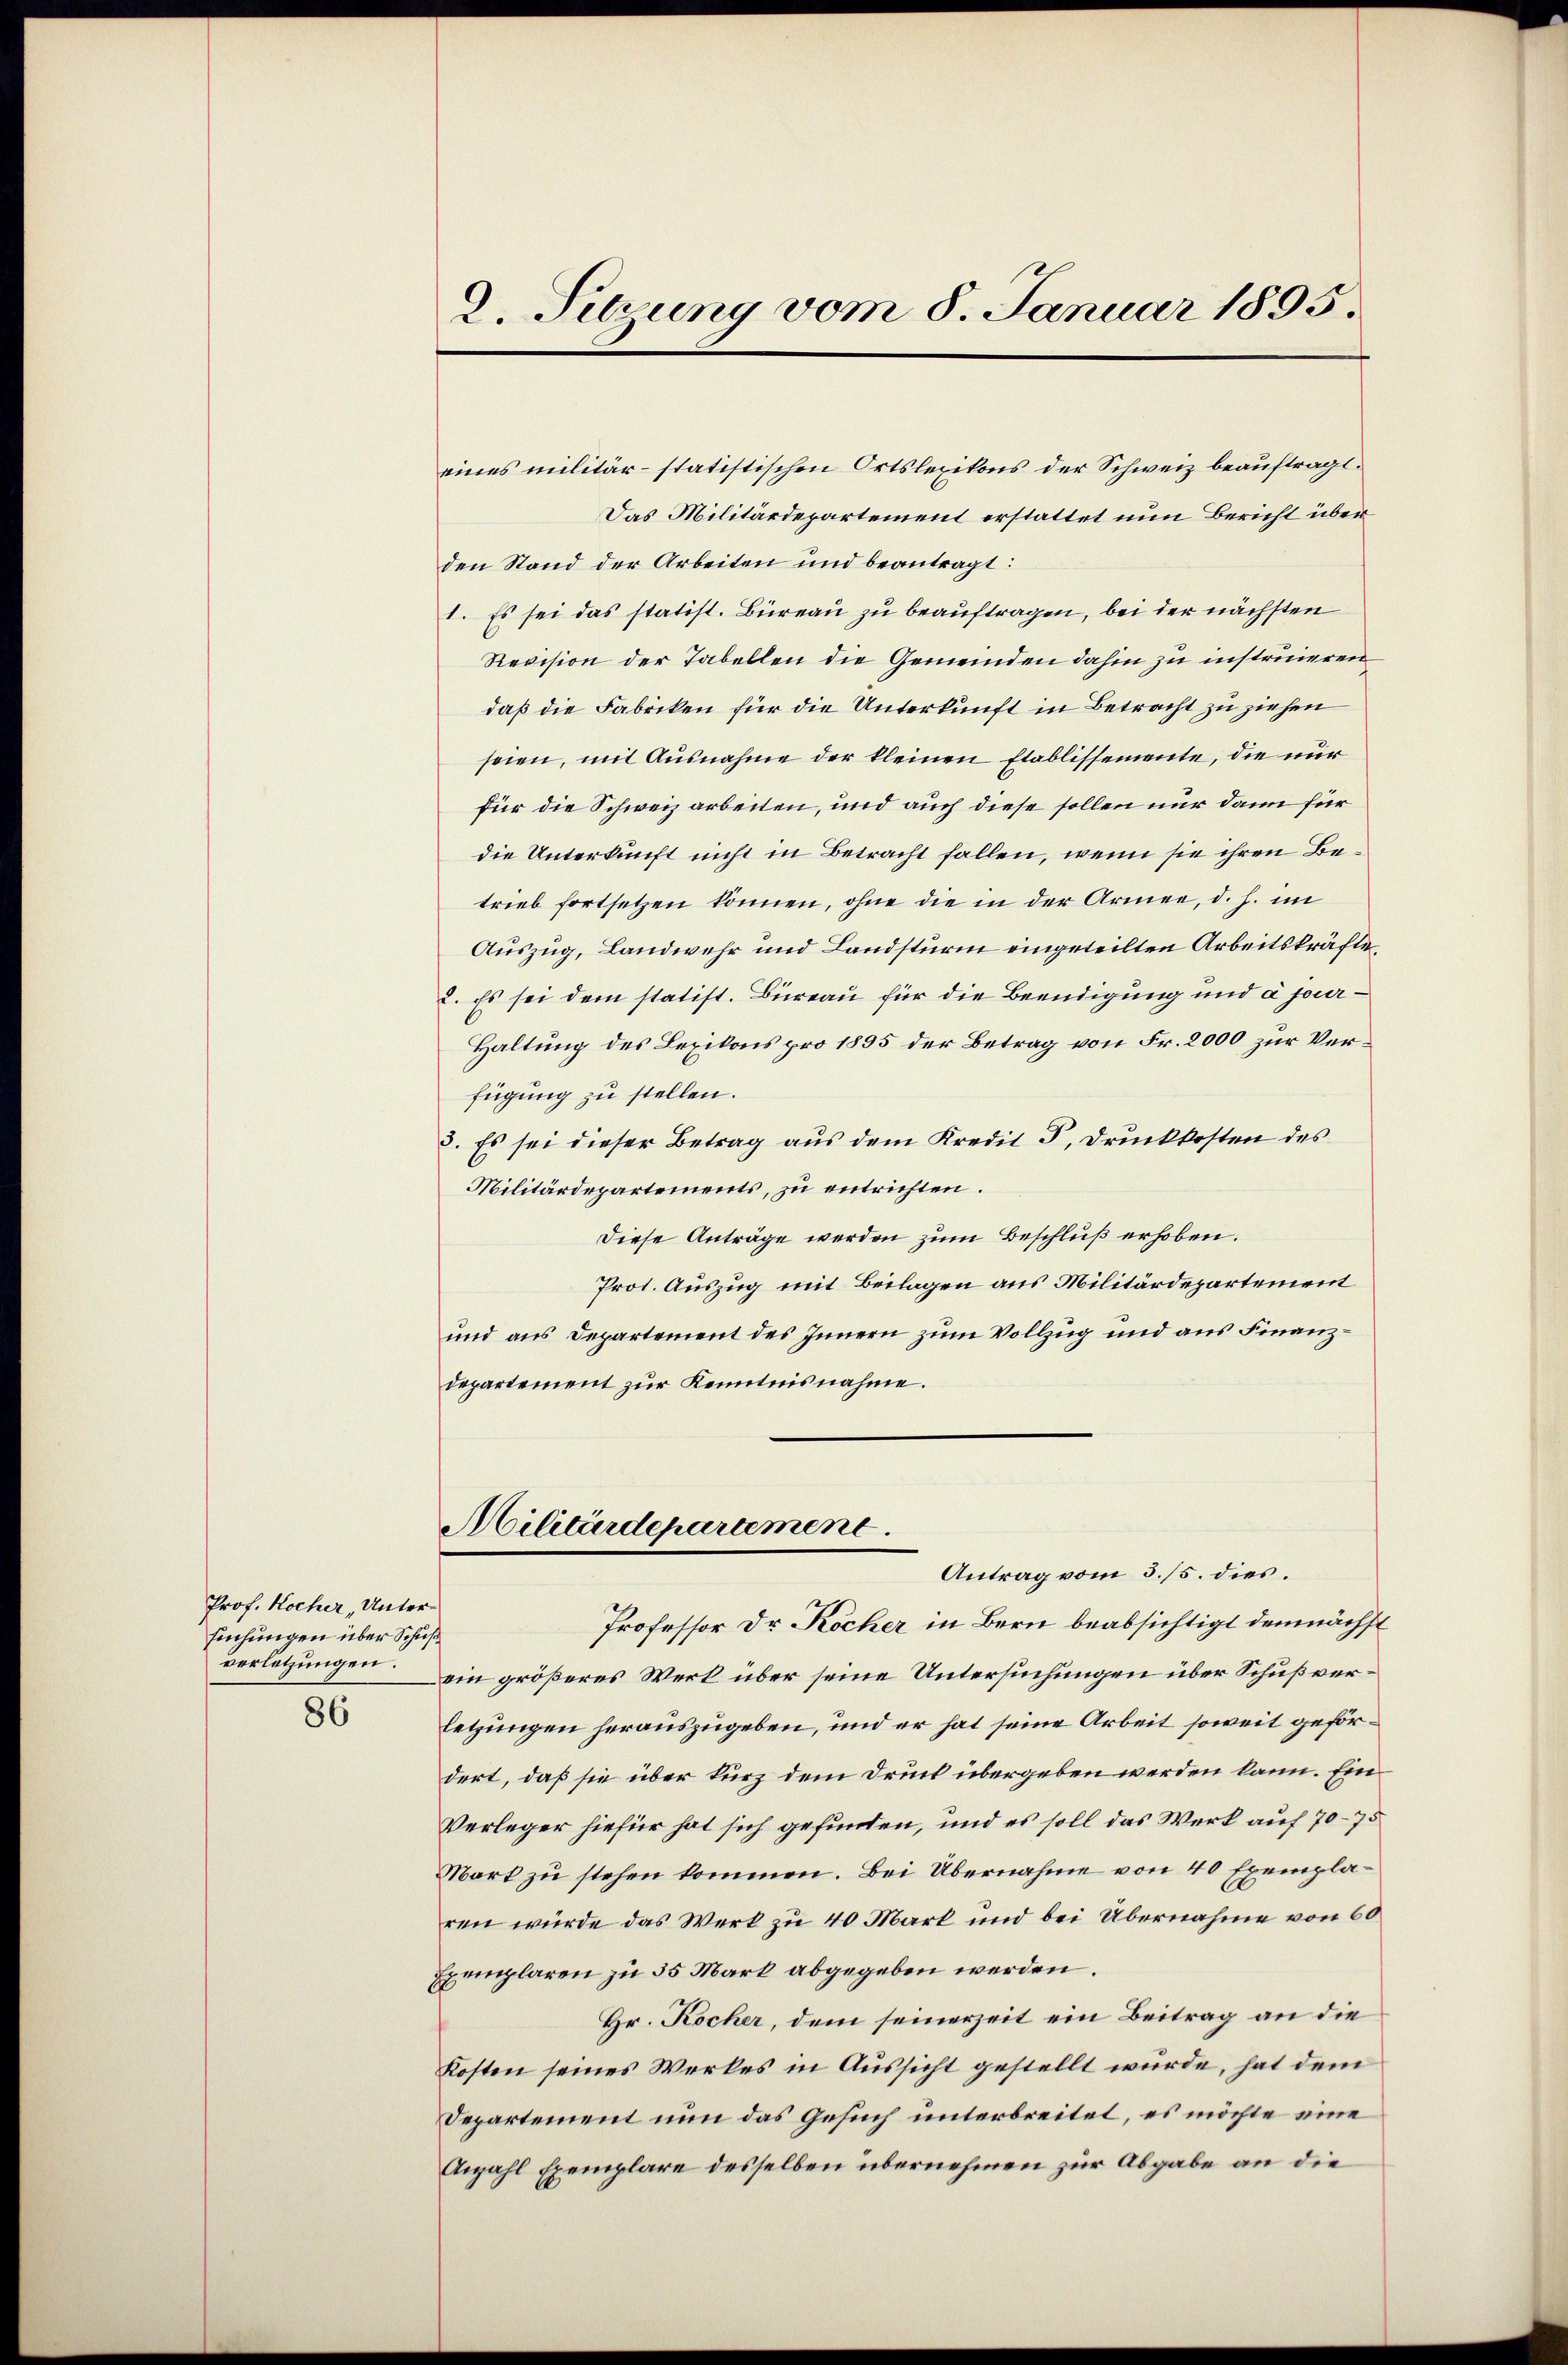
Prof. Kocher, Untersuchungen über Schuß
verletzungen.

86

2. Sitzung vom 8. Januar 1895.

eines militär-statistischen Ortslezikons der Schweiz beauftragt.
Das Militärdepartement erstattet nun Bericht überden Stand der Arbeiten und beantragt:
1. Es sei das statist. Büreau zu beauftragen, bei der nächsten
Revision der Tabellen die Gemeinden dahin zu instruieren
daß die Fabriken für die Unterkunft in Betracht zu ziehen
seien, mit Ausnahme der kleinen Etablissemente, die nur
für die Schweiz arbeiten, und auch diese sollen nur dann für
die Unterkunft nicht in Betracht fallen, wenn sie ihren Betrieb fortsetzen können, ohne die in der Armee, d. h. im
Auszug, Landwehr und Landsturm eingeteilten Arbeitskräfte,
2. Es sei dem statist. Büreau für die Beendigung und a jouir¬
Haltung des Lexikons pro 1895 der Betrag von Fr. 2000 zur Verfügung zu stellen.
3. Es sei dieser Betrag aus dem Kredit P. Druckkosten des
Militärdepartements, zu entrichten.
Diese Anträge werden zum Beschluß erhoben.
Prot. Auszug mit Beilagen aus Militärdepartement
und aus Departement des Innern zum Vollzug und aus Finanzdepartement zur Kenntnisnahme.

Militärdepartement
Antrag vom 3./5. dies.

Professor Dr Rocher in Bern beabsichtigt demnächst
ein größeres Werk über seine Untersuchungen über Schuß verletzungen herauszugeben, und er hat seine Arbeit soweit gefördert, daß sie über kurz dem Druck übergeben werden kann. Ein
Verleger hiefür hat sich gefunden, und es soll das Werk auf 70–75
Mark zu stehen kommen. Bei Übernahme von 40 Exemplaren würde das Werk zu 40 Mark und bei Übernahme von 60
Exemplaren zu 35 Mark abgegeben werden.
Hr. Kocher, dem seinerzeit ein Beitrag an die
Kosten seines Werkes in Aussicht gestellt würde, hat dem
Departement nun das Gesuch unterbreitet, es möchte eine
Anzahl Exemplare desselben übernehmen zur Abgabe an die